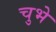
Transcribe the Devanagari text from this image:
चुभे